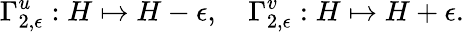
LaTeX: \Gamma_{2,\epsilon}^{u}:H\mapsto H-\epsilon,\quad\Gamma_{2,\epsilon}^{v}:H\mapsto H+\epsilon.